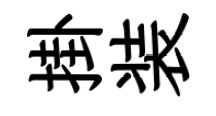
掛装